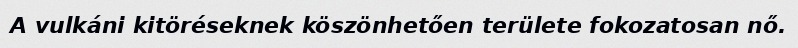
A vulkáni kitöréseknek köszönhetően területe fokozatosan nő.